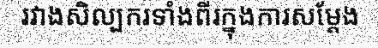
រវាងសិល្បករទាំងពីរក្នុងការសម្តែង